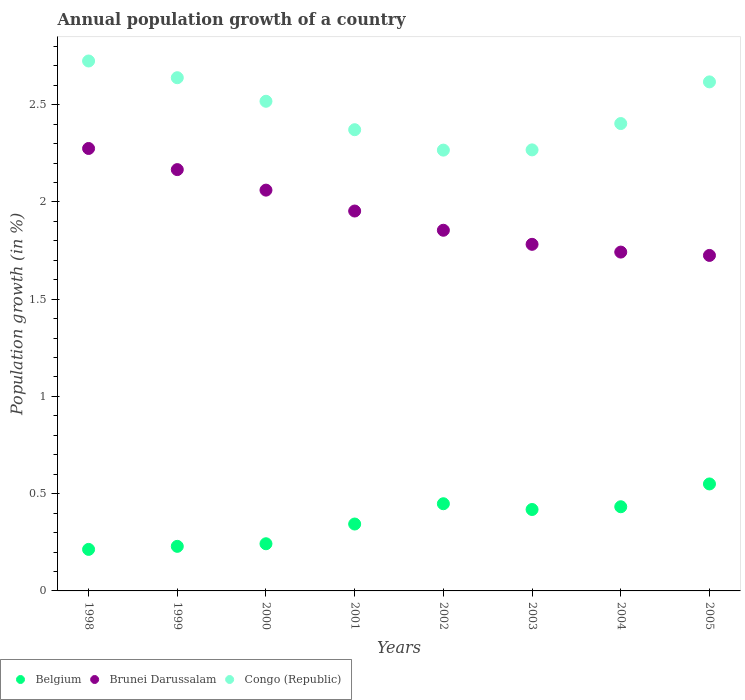
| Years | Belgium | Brunei Darussalam | Congo (Republic) |
 | --- | --- | --- | --- |
 | 1998 | 0.214 | 2.27 | 2.72 |
 | 1999 | 0.229 | 2.17 | 2.64 |
 | 2000 | 0.243 | 2.06 | 2.52 |
 | 2001 | 0.344 | 1.95 | 2.37 |
 | 2002 | 0.448 | 1.85 | 2.27 |
 | 2003 | 0.419 | 1.78 | 2.27 |
 | 2004 | 0.433 | 1.74 | 2.4 |
 | 2005 | 0.55 | 1.72 | 2.62 |